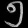
Digit: ၅